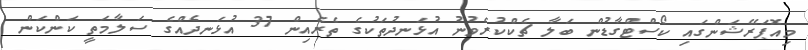
މިއޮޕަރޭޝަންގައި ކޯސްޓްގާޑުން ބަލާ ޗެކްކުރެވުނު އުޅަނދުތަކުގެ ތެރެއިން 37 އުޅަނދެއްގެ ސަލާމަތީ ކަންކަން